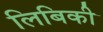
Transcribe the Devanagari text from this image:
लिबिकी